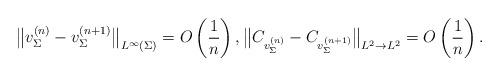
LaTeX: \begin{gather*}\big\Vert v_\Sigma^{(n)} - v_{\Sigma}^{(n+1)}\big\Vert_{L^\infty(\Sigma)} = O\left(\frac{1}{n}\right),\big\Vert C_{v^{(n)}_\Sigma} - C_{v^{(n+1)}_\Sigma}\big\Vert_{L^2 \to L^2} = O\left(\frac{1}{n}\right).\end{gather*}